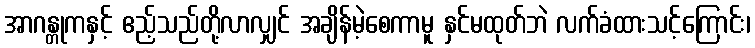
အာဂန္တုကနှင့် ဧည့်သည်တို့လာလျှင် အချိန်မဲ့စေကာမူ နှင်မထုတ်ဘဲ လက်ခံထားသင့်ကြောင်း၊